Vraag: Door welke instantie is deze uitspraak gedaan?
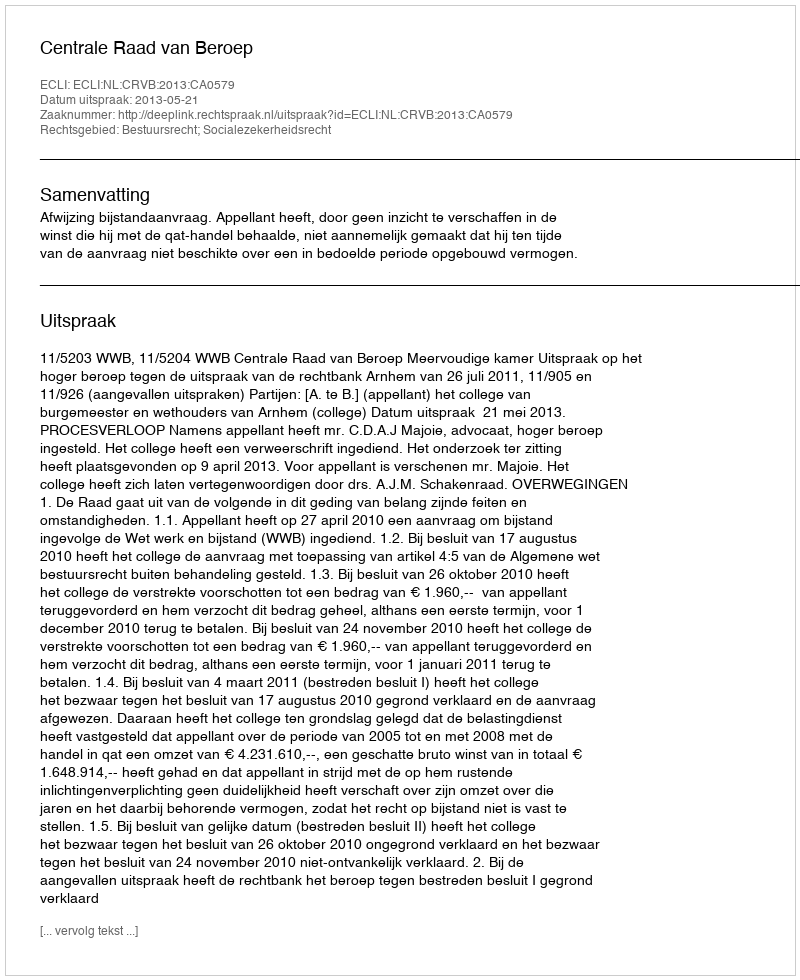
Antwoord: Centrale Raad van Beroep